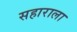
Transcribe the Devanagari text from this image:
सहाराला